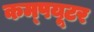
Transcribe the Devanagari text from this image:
कम्‍पयूटर